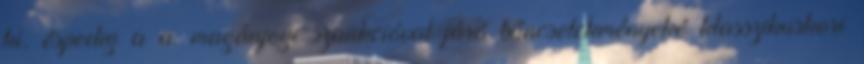
ki, éspedig a a. magánjogi szankcióval járó bűncselekményeké klasszikuskori